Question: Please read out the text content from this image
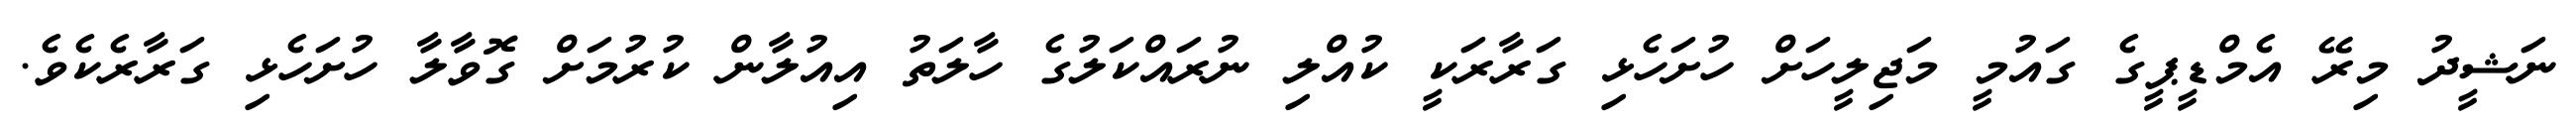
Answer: ނަޝީދު މިރޭ އެމްޑީޕީގެ ގައުމީ މަޖިލީހަށް ހުށަހެޅި ގަރާރަކީ ކުއްލި ނުރައްކަލުގެ ހާލަތު އިއުލާން ކުރުމަށް ގޮވާލާ ހުށަހެޅި ގަރާރެކެވެ.